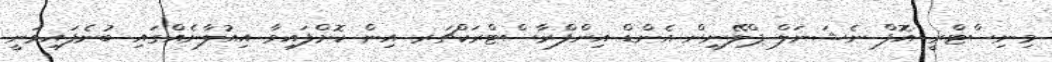
މިނިސްޓްރީ އޮފް ނެޝަނަލް ޕްލޭނިން އެންޑް އިންފްރާސްޓްރަކްޗަރ އިން ކޮށްފައިވާ އިއުލާނެއްގައި ބުނެފައިވަނީ